Annual report on the working of the mental hospitals in the Madras Presidency - 1912-1932
Year: 1912
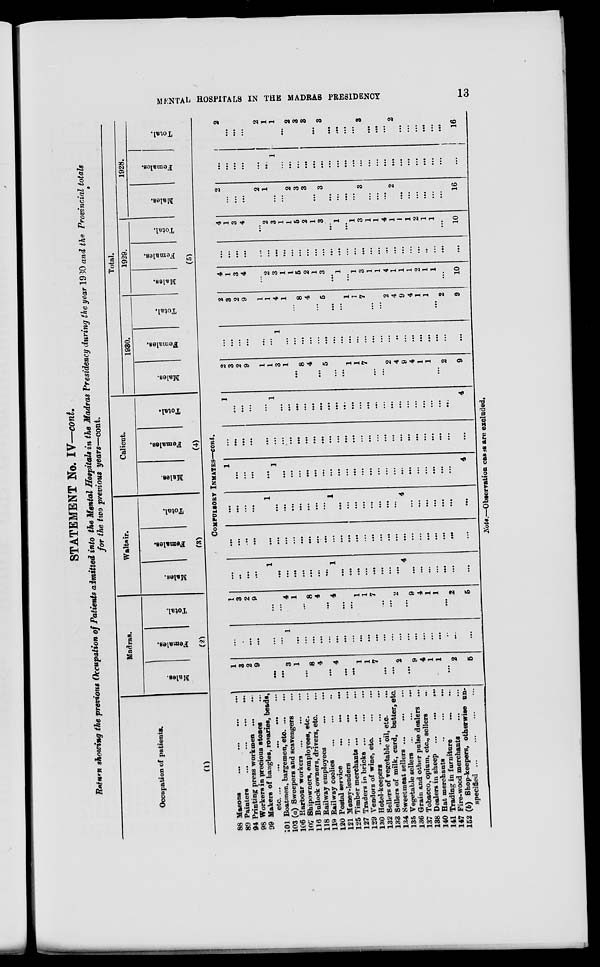
MENTAL HOSPITALS IN THE MADRAS PRESIDENCY
13
STATEMENT No. IV—cont.
Return showing the previous Occupation of Patients admitted into the Mental Hospitals in the Madras Presidency during the year 1930 and the Provincial totals
for the two previous years—cont.
Occupation of patients.
(1)
88
89
94
98
99
101
103
106
107
116
118
119
120
121
125
127
129
130
132
133
134
135
136
137
138
140
141
147
152
Masons
...
...
...
...
Painters
...
...
...
...
Printing press workmen
...
...
Workers in precious stones ...
Makers of bangles, rosaries, beads,
etc. ...
...
...
...
...
Boatmen, bargemen, etc. ... ...
(a) Sweepers and scavengers ...
Harbour workers
...
...
...
Shipowners, employees, etc. ...
Bullock owners, drivers, etc. ...
Railway employees
...
...
Railway coolies
...
...
...
Postal service
...
...
...
Money-lenders
...
...
...
Timber merchants ... ... ...
Traders in bricks ... ... ...
Vendors of wine, etc. ... ... ...
Hotel-keepers
...
...
...
Sellers of vegetable oil, etc. ...
Sellers of milk, curd, butter, etc.
Sweetmeat sellers ... ... ...
Vegetable sellers
...
...
...
Grain and other pulse dealers ...
Tobacco, opium, etc., sellers ...
Dealers in sheep
...
...
...
Hat merchants
...
...
...
Trading in furniture
...
...
Fire-wood merchants
...
...
(b) Shop-keepers, otherwise un-
specified ...
Madras.
Males.
Females.
Total.
(2)
Waltair.
Males.
Females.
Total.
(3)
Calicut.
Males.
Females.
Total.
(4)
Total.
1930.
Males.
Females.
Total.
1929.
Males.
Females.
Total.
1928.
Males.
Females.
Total.
(5)
COMPULSORY INMATES—cont.
1
3
2
9
...
...
3
1
...
8
4
...
4
...
...
1
1
7
...
...
2
...
9
4
1
1
...
2
5
...
...
...
...
...
...
1
...
...
...
...
...
...
...
...
...
...
...
...
...
...
...
...
...
...
...
...
...
...
1
3
2
9
...
...
4
1
...
8
4
...
4
...
...
1
1
7
...
...
2
...
9
4
1
1
...
2
5
...
...
...
...
1
...
...
...
...
...
...
...
1
...
...
...
...
...
...
...
...
4
...
...
...
...
...
...
...
...
...
...
...
...
...
...
...
...
...
...
...
...
...
...
...
...
...
...
...
...
...
...
...
...
...
...
...
...
...
...
...
...
1
...
...
...
...
...
...
...
1
...
...
...
...
...
...
...
...
4
...
...
...
...
...
...
...
1
...
...
...
...
1
...
...
...
...
...
...
...
...
...
...
...
...
...
...
...
...
...
...
...
...
...
...
4
...
...
...
...
...
...
...
...
...
...
...
...
...
...
...
...
...
...
...
...
...
...
...
...
...
...
...
...
...
1
...
...
...
...
1
...
...
...
...
...
...
...
...
...
...
...
...
...
...
...
...
...
...
...
...
...
...
4
2
3
2
9
1
1
3
1
...
8
4
...
5
...
...
1
1
7
...
...
2
4
9
4
1
1
...
2
9
...
...
...
...
...
...
1
...
...
...
...
...
...
...
...
...
...
...
...
...
...
...
...
...
...
...
...
...
...
2
3
2
9
1
1
4
1
...
8
4
...
5
...
...
1
1
7
...
...
2
4
9
4
1
1
...
2
9
4
1
3
4
...
2
3
1
1
5
2
1
3
...
1
...
1
3
1
1
4
1
1
1
2
1
1
...
10
...
...
...
...
...
...
...
...
...
...
...
...
...
...
...
...
...
...
...
...
...
...
...
...
...
...
...
...
...
4
1
3
4
...
2
3
1
1
5
2
1
3
...
1
...
1
3
1
1
4
1
1
1
2
1
1
...
10
2
...
...
...
2
1
...
...
2
3
3
...
3
...
...
...
...
3
...
...
...
2
...
...
...
...
...
...
16
...
...
...
...
...
...
1
...
...
...
...
...
...
...
...
...
...
...
...
...
...
...
...
...
...
...
...
...
...
2
...
...
...
2
1
1
...
2
3
3
...
3
...
...
...
...
3
...
...
...
2
...
...
...
...
...
...
16
Note.—Observation cases are excluded.